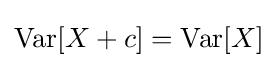
\operatorname {Var} [X+c]=\operatorname {Var} [X]